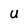
Character: U